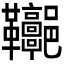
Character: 𩎏